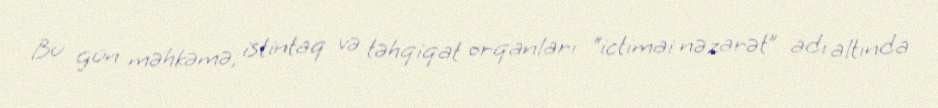
Bu gün məhkəmə, istintaq və təhqiqat orqanları “ictimai nəzarət” adı altında